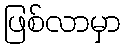
ဖြစ်လာမှာ